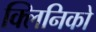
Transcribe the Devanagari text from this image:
क्लिनिको